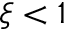
\xi < 1